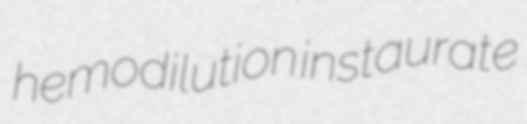
hemodilution instaurate